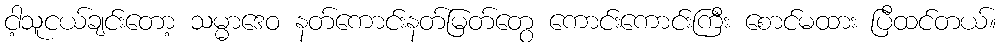
ငါ့သူငယ်ချင်းတော့ သမ္မာဒေဝ နတ်ကောင်းနတ်မြတ်တွေ ကောင်းကောင်းကြီး စောင်မထား ပြီထင်တယ်။